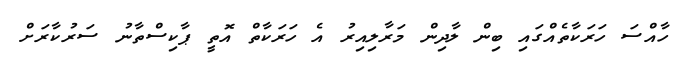
ހާއްސަ ހަރަކާތެއްގައި ބިން ލާދިން މަރާލިއިރު އެ ހަރަކާތް އޮތީ ޕާކިސްތާނު ސަރުކާރަށް